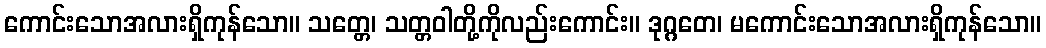
ကောင်းသောအလားရှိကုန်သော။ သတ္တေ၊ သတ္တဝါတို့ကိုလည်းကောင်း။ ဒုဂ္ဂတေ၊ မကောင်းသောအလားရှိကုန်သော။